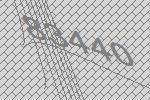
83440